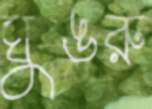
ঘুঙরু